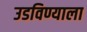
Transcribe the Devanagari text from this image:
उडविण्याला